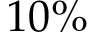
1 0 \%